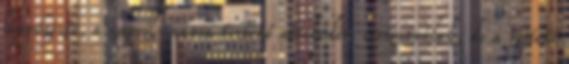
lenyűgözte, a napról-napra történő növekedés. cirógatnálak, de a rejtett